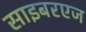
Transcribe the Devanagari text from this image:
साइबरएज